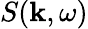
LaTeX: S(\mathbf{k},\omega)